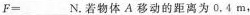
$$F=___N$$。若物体A移动的距离为0.4m，